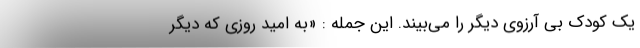
یک کودک بی آرزوی دیگر را می‌بیند. این جمله : «به امید روزی که دیگر